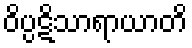
ဝိပ္ပဋိသာရာယာတိ